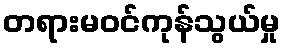
တရားမဝင်ကုန်သွယ်မှု